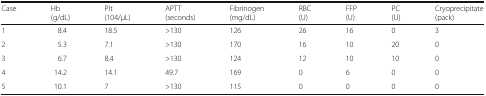
| Case | Hb(g/dL) | Plt(104/μL) | APTT(seconds) | Fibrinogen(mg/dL) | RBC(U) | FFP(U) | PC(U) | Cryoprecipitate(pack) |
 | --- | --- | --- | --- | --- | --- | --- | --- | --- |
 | 1 | 8.4 | 18.5 | >130 | 126 | 26 | 16 | 0 | 3 |
 | 2 | 5.3 | 7.1 | >130 | 170 | 16 | 10 | 20 | 0 |
 | 3 | 6.7 | 8.4 | >130 | 124 | 12 | 10 | 10 | 0 |
 | 4 | 14.2 | 14.1 | 49.7 | 169 | 0 | 6 | 0 | 0 |
 | 5 | 10.1 | 7 | >130 | 115 | 0 | 0 | 0 | 0 |